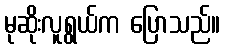
မုဆိုးလူရွယ်က ပြောသည်။